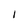
Character: I